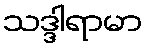
သဒ္ဒါရာမာ